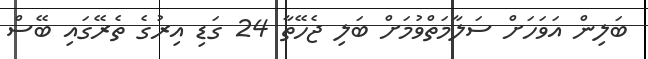
ބަލިން އަވަހަށް ސަލާމަތްވުމަށް ބަލި ޖެހޭތާ 24 ގަޑި އިރުގެ ތެރޭގައި ބޭސް